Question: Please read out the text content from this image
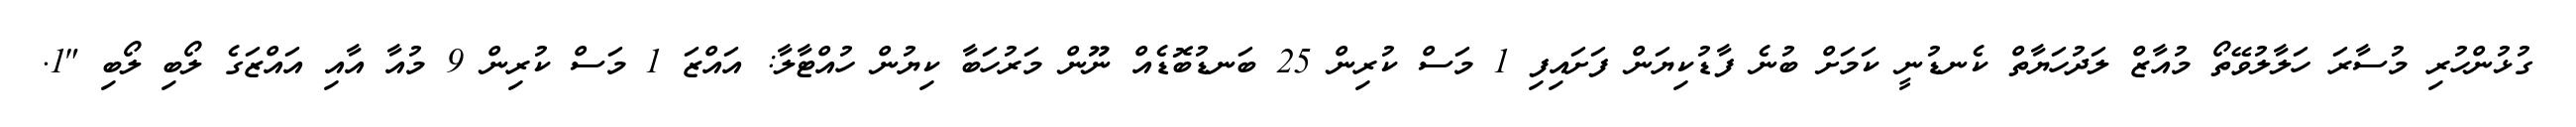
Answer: ގުޅުންހުރި މުސާރަ ހަލާލުވޭތޯ މުއާޒް ލަދުހަޔާތް ކެނޑުނީ ކަމަށް ބުނެ ފާޑުކިޔަން ފަށައިފި 1 މަސް ކުރިން 25 ބަނޑުބޮޑެއް ނޫން މަރުހަބާ ކިޔުން ހުއްޓާލާ: އައްޒަ 1 މަސް ކުރިން 9 މުއާ އާއި އައްޒަގެ ލޯބި ލޯބި "1.